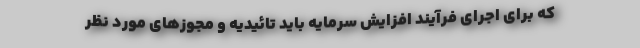
که برای اجرای فرآیند افزایش سرمایه باید تائیدیه و مجوزهای مورد نظر